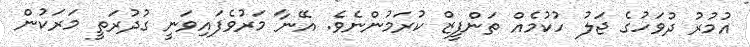
އުމުރު ދުވަހުގެ ޖަލު ހުކުމެއް ތަންފީޒް ކުރަމުންނެވެ. އޭނާ މަރުވެފައިވަނީ ގުދުރަތީ މަރަކުން